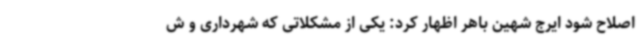
اصلاح شود ایرج شهین باهر اظهار کرد: یکی از مشکلاتی که شهرداری و ش